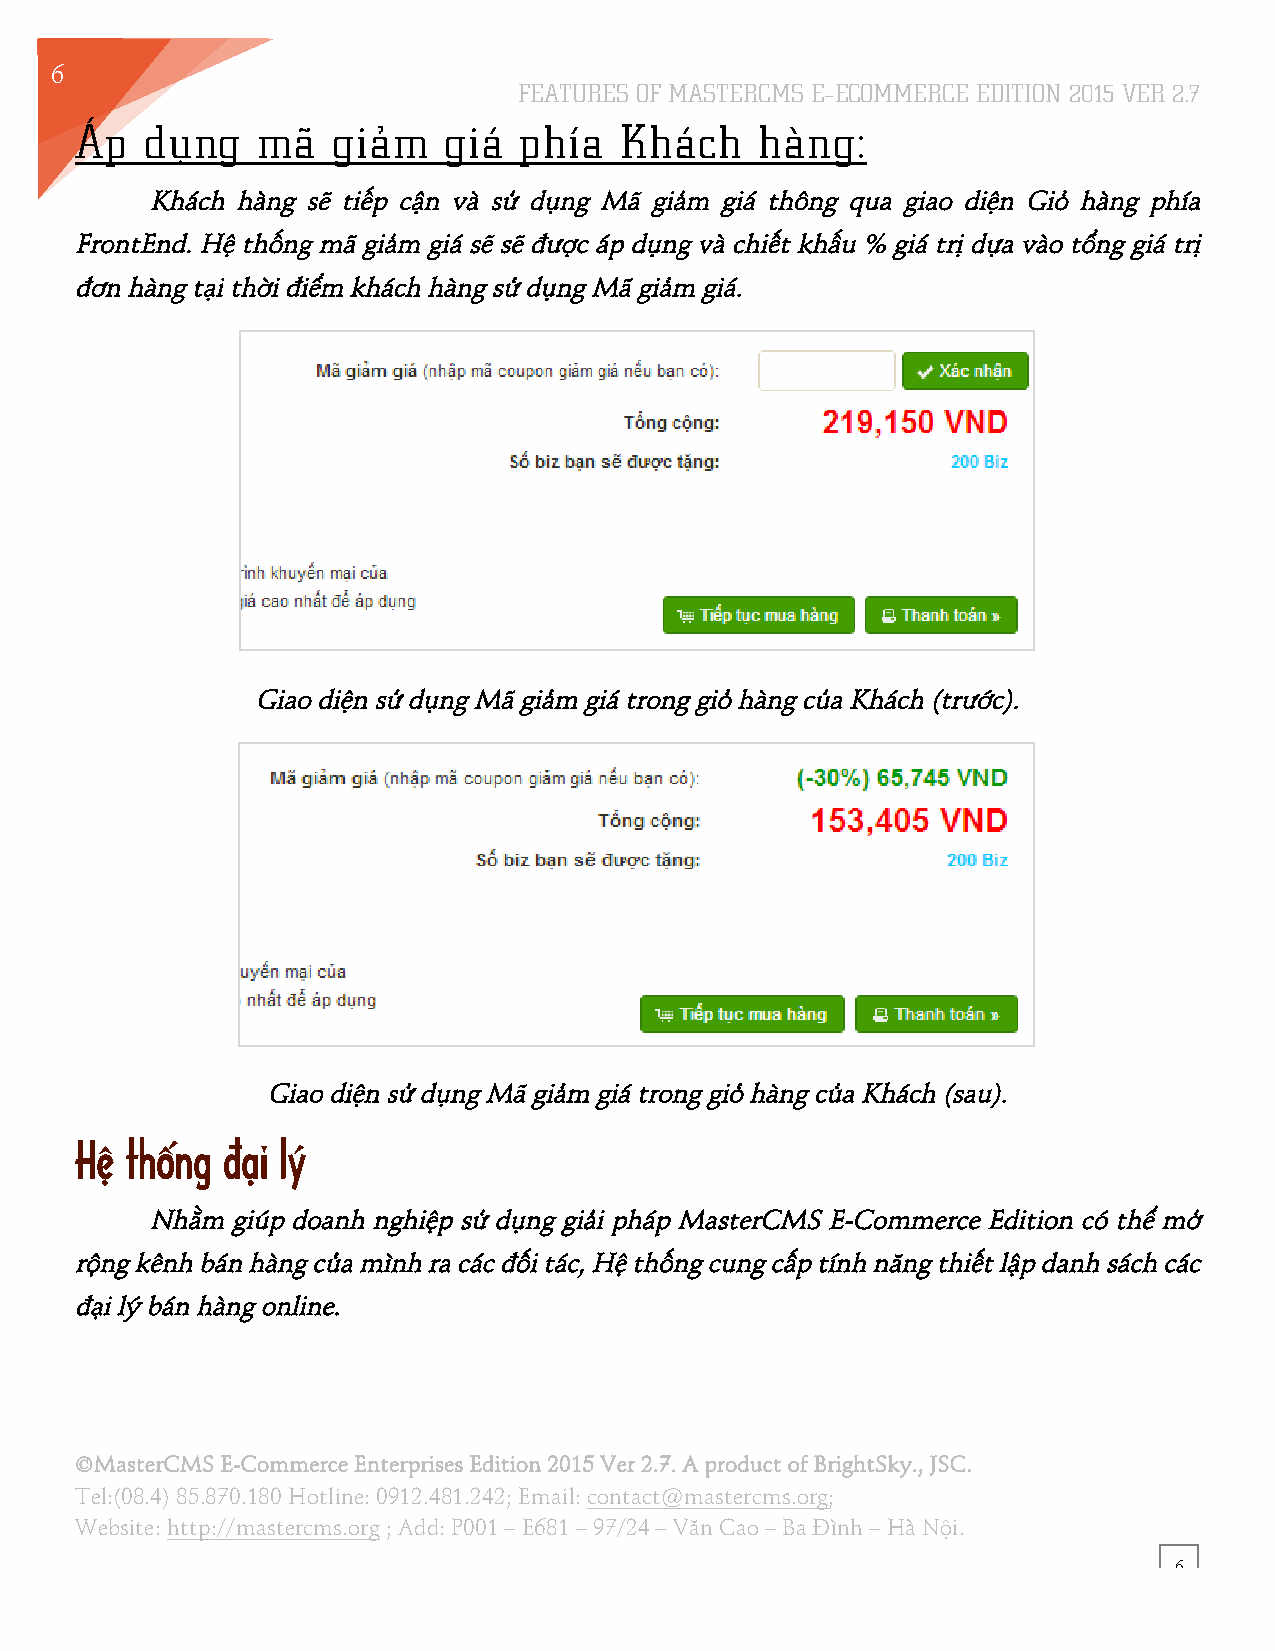
6
 FEATURES OF MASTERCMS E–ECOMMERCE EDITION 2015 VER 2.7
 3
 Áp   dụng   mã   giảm   giá  phía   Khách    hàng:
 Khách hàng sẽ tiếp cận và sử dụng Mã giảm giá thông qua giao diện Giỏ hàng phía
 FrontEnd. Hệ thống mã giảm giá sẽ sẽ được áp dụng và chiết khấu % giá trị dựa vào tổng giá trị
 đơn hàng tại thời điểm khách hàng sử dụng Mã giảm giá.
 Giao diện sử dụng Mã giảm giá trong giỏ hàng của Khách (trước).
 Giao diện sử dụng Mã giảm giá trong giỏ hàng của Khách (sau).
 Hệ thống  .ại lý
 Nhằm giúp doanh nghiệp sử dụng giải pháp MasterCMS E-Commerce Edition có thể mở
 rộng kênh bán hàng của mình ra các đối tác, Hệ thống cung cấp tính năng thiết lập danh sách các
 đại lý bán hàng online.
 ©MasterCMS E-Commerce Enterprises Edition 2015 Ver 2.7. A product of BrightSky., JSC.
 Tel:(08.4) 85.870.180 Hotline: 0912.481.242; Email: contact@mastercms.org;
 Website: http://mastercms.org ; Add: P001 – E681 – 97/24 – Văn Cao – Ba Đình – Hà Nội.
 6